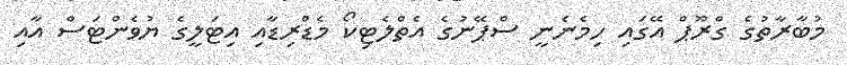
މުބާރާތުގެ ގްރޫޕް އޭގައި ހިމެނެނީ ސްޕޭނުގެ އެތްލެޓިކޯ މެޑްރިޑާއި އިޓަލީގެ ޔުވެންޓަސް އާއި